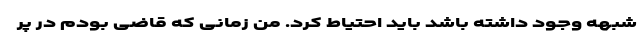
شبهه وجود داشته باشد باید احتیاط کرد. من زمانی که قاضی بودم در پر